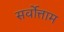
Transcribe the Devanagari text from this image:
सर्वोत्ताम